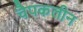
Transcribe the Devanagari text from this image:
चैपकलीन